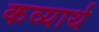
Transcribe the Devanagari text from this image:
कव्यार्थ